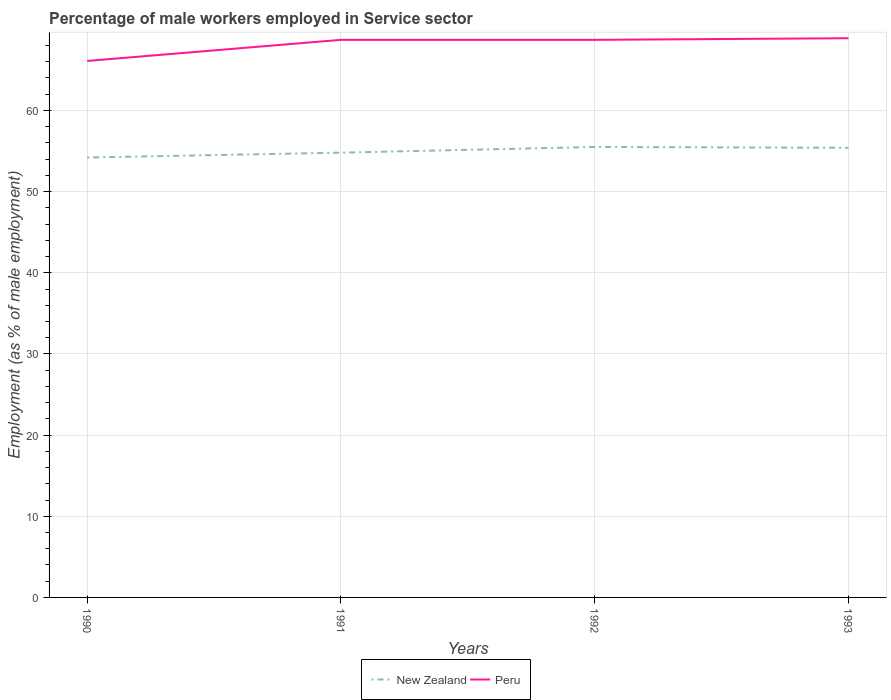
| Years | New Zealand | Peru |
 | --- | --- | --- |
 | 1990 | 54.2 | 66.1 |
 | 1991 | 54.8 | 68.7 |
 | 1992 | 55.5 | 68.7 |
 | 1993 | 55.4 | 68.9 |